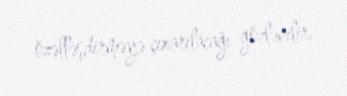
özəlləşdirməyə çıxarılacağı gözlənilir.